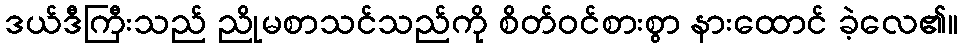
ဒယ်ဒီကြီးသည် ညိုမစာသင်သည်ကို စိတ်ဝင်စားစွာ နားထောင် ခဲ့လေ၏။